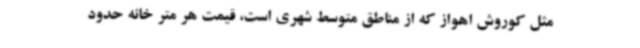
مثل کوروش اهواز که از مناطق متوسط شهری است، قیمت هر متر خانه حدود